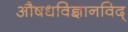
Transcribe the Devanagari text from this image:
अाैषधविज्ञानविद्